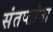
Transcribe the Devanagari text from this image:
संतप्तांना